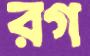
রগ